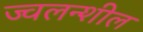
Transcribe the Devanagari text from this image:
ज्वलन्शील